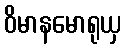
ဝိမာနမောရုယှ